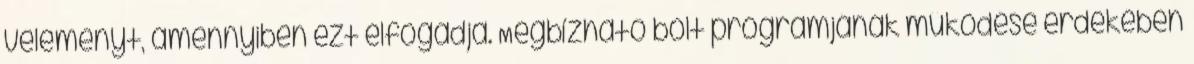
véleményt, amennyiben ezt elfogadja. Megbízható bolt programjának működése érdekében